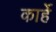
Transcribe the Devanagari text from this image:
कार्हे